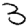
Digit: 3